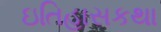
ઇતિહાસકથા